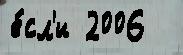
е́сл'и 2006